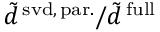
\tilde { d } ^ { \mathrm { \, s v d , \, p a r . } } / \tilde { d } ^ { \mathrm { \, f u l l } }